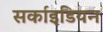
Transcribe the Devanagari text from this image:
सर्काइडियन